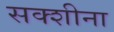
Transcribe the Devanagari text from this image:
सक्शीना